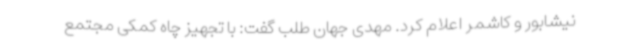
نیشابور و کاشمر اعلام کرد. مهدی جهان طلب گفت: با تجهیز چاه کمکی مجتمع